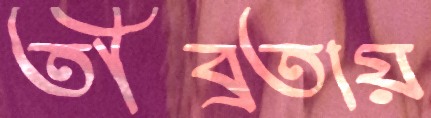
তীব্রতায়